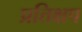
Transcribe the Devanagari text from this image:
प्रतिक्षप